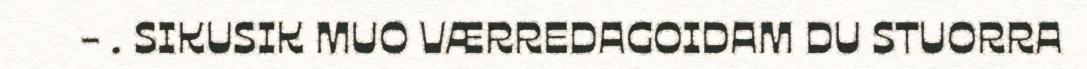
- . SIKUSIK MUO VÆRREDAGOIDAM DU STUORRA